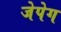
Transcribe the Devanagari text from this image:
जेपेग